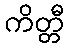
ကိတ္တီ